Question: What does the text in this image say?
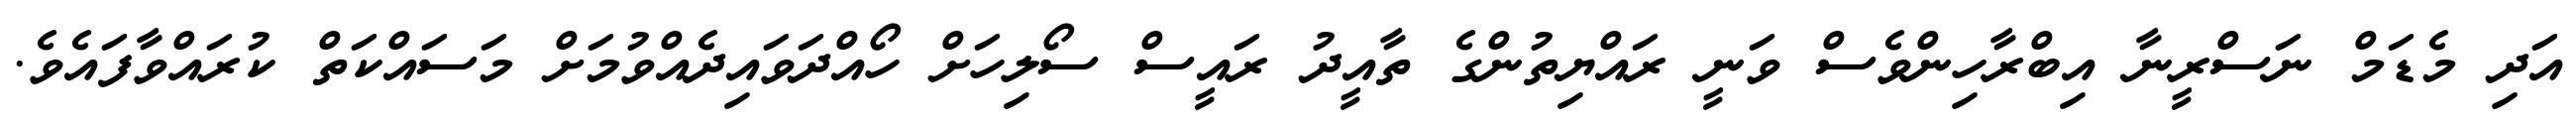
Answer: އަދި މެޑަމް ނަސްރީނާ އިބްރާހިންވެސް ވަނީ ރައްޔިތުންގެ ތާއީދު ރައީސް ސޯލިހަށް ހޯއްދަވައިދެއްވުމަށް މަސައްކަތް ކުރައްވާފައެވެ.